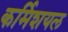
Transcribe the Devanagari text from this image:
कर्मिशयल